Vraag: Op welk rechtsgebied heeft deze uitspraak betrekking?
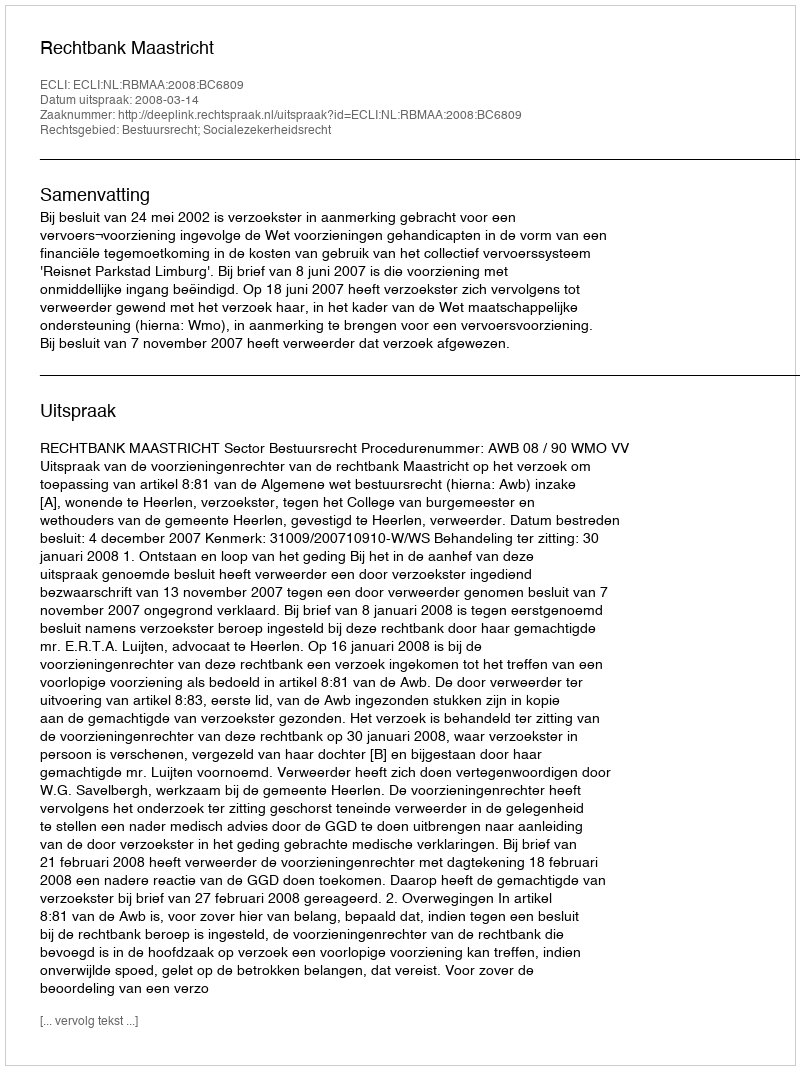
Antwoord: Bestuursrecht; Socialezekerheidsrecht